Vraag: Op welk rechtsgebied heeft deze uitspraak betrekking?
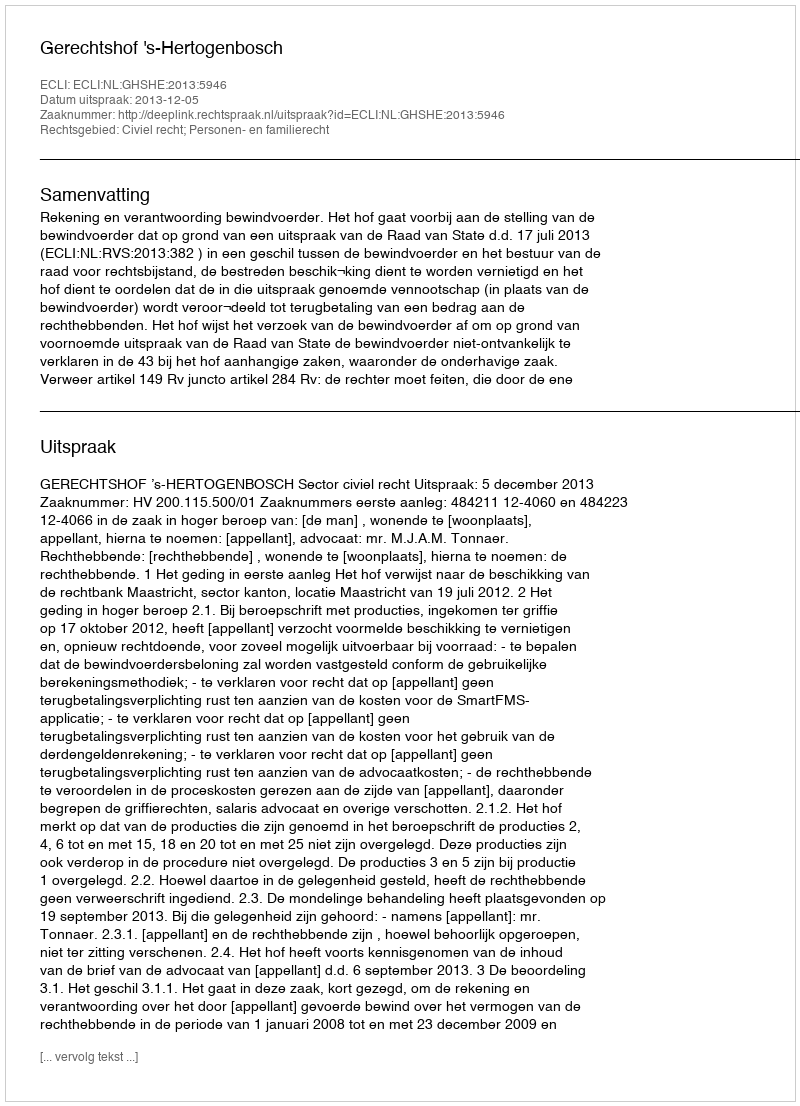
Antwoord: Civiel recht; Personen- en familierecht